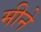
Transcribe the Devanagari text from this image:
मीने